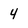
Character: 4